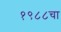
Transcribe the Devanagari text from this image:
१९८८चा